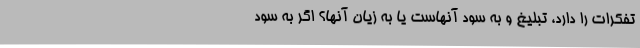
تفکرات را دارد، تبلیغ و به سود آنهاست یا به زیان آنها؟ اگر به سود